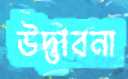
উদ্‌ভাবনা